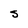
Character: S